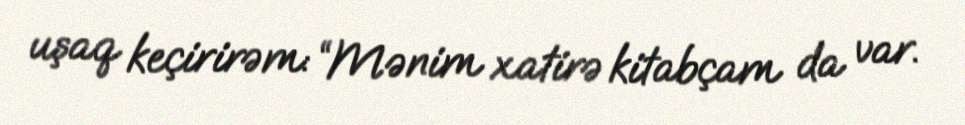
uşaq keçirirəm: “Mənim xatirə kitabçam da var.